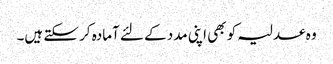
وہ عدلیہ کو بھی اپنی مدد کے لئے آمادہ کر سکتے ہیں۔